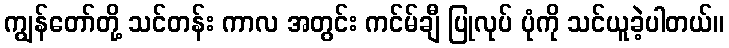
ကျွန်တော်တို့ သင်တန်း ကာလ အတွင်း ကင်မ်ချီ ပြုလုပ် ပုံကို သင်ယူခဲ့ပါတယ်။